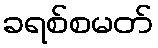
ခရစ်စမတ်